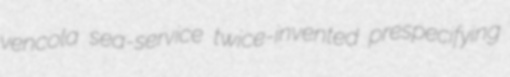
vencola sea-service twice-invented prespecifying